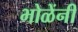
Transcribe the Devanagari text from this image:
भोळेंनी